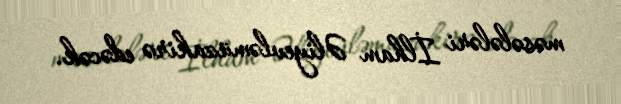
məsələləri İlham Əliyevləmüzakirə edəcək.